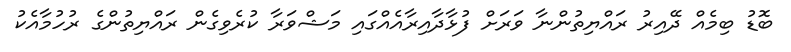
ބޮޑު ބިމެއް ދޭއިރު ރައްޔިތުންނާ ވަރަށް ފުޅާދާއިރާއެއްގައި މަޝްވަރާ ކުރެވިގެން ރައްޔިތުންގެ ރުހުމާއެކު